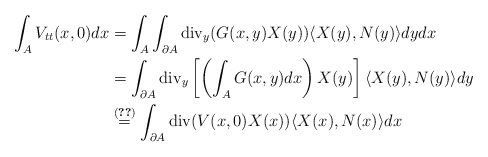
\begin{align*}\begin{aligned}\int_{A}V_{tt}(x,0)dx&= \int_{A}\int_{\partial A}\mathrm{div}_{y}(G(x,y)X(y))\langle X(y),N(y)\rangle dydx\\&=\int_{\partial A}\mathrm{div}_{y}\left[\left(\int_{A}G(x,y)dx\right) X(y)\right]\langle X(y), N(y)\rangle dy\\&\stackrel{\eqref{Btwo5.1}}{=}\int_{\partial A}\mathrm{div}(V(x,0) X(x))\langle X(x),N(x)\rangle dx\end{aligned}\end{align*}